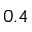
0 . 4